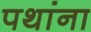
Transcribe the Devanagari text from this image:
पथांना